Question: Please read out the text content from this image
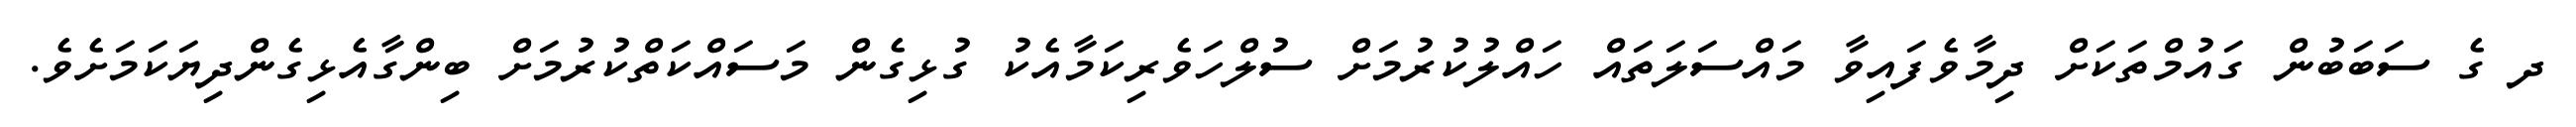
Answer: ދ ގެ ސަބަބުން ގައުމްތަކަށް ދިމާވެފައިވާ މައްސަލަތައް ހައްލުކުރުމަށް ސުލްހަވެރިކަމާއެކު ގުޅިގެން މަސައްކަތްކުރުމަށް ބިންގާއެޅިގެންދިޔަކަމަށެވެ.